Vaccination in Bombay 1856-1862 - 1856-1862
Year: 1856
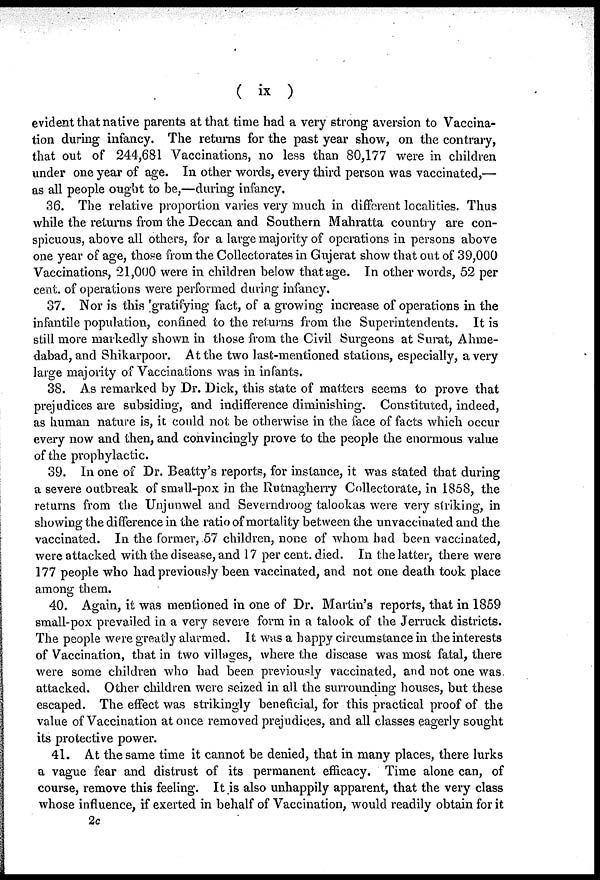
( ix )
evident that native parents at that time had a very strong aversion to Vaccina-
tion during infancy. The returns for the past year show, on the contrary,
that out of 244,681 Vaccinations, no less than 80,177 were in children
under one year of age. In other words, every third person was vaccinated,—
as all people ought to be,—during infancy.
36. The relative proportion varies very much in different localities. Thus
while the returns from the Deccan and Southern Mahratta country are con-
spicuous, above all others, for a large majority of operations in persons above
one year of age, those from the Collectorates in Gujerat show that out of 39,000
Vaccinations, 21,000 were in children below that age. In other words, 52 per
cent. of operations were performed during infancy.
37. Nor is this gratifying fact, of a growing increase of operations in the
infantile population, confined to the returns from the Superintendents. It is
still more markedly shown in those from the Civil Surgeons at Surat, Ahme-
dabad, and Shikarpoor. At the two last-mentioned stations, especially, a very
large majority of Vaccinations was in infants.
38. As remarked by Dr. Dick, this state of matters seems to prove that
prejudices are subsiding, and indifference diminishing. Constituted, indeed,
as human nature is, it could not be otherwise in the face of facts which occur
every now and then, and convincingly prove to the people the enormous value
of the prophylactic.
39. In one of Dr. Beatty's reports, for instance, it was stated that during
a severe outbreak of small-pox in the Rutnagherry Collectorate, in 1858, the
returns from the Unjunwel and Severndroog talookas were very striking, in
showing the difference in the ratio of mortality between the unvaccinated and the
vaccinated. In the former, 57 children, none of whom had been vaccinated,
were attacked with the disease, and 17 per cent. died. In the latter, there were
177 people who had previously been vaccinated, and not one death took place
among them.
40. Again, it was mentioned in one of Dr. Martin's reports, that in 1859
small-pox prevailed in a very severe form in a talook of the Jerruck districts.
The people were greatly alarmed. It was a happy circumstance in the interests
of Vaccination, that in two villages, where the disease was most fatal, there
were some children who had been previously vaccinated, and not one was.
attacked. Other children were seized in all the surrounding houses, but these
escaped. The effect was strikingly beneficial, for this practical proof of the
value of Vaccination at once removed prejudices, and all classes eagerly sought
its protective power.
41. At the same time it cannot be denied, that in many places, there lurks
a vague fear and distrust of its permanent efficacy. Time alone can, of
course, remove this feeling. It is also unhappily apparent, that the very class
whose influence, if exerted in behalf of Vaccination, would readily obtain for it
2c